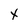
Character: x